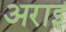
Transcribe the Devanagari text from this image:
अराइ